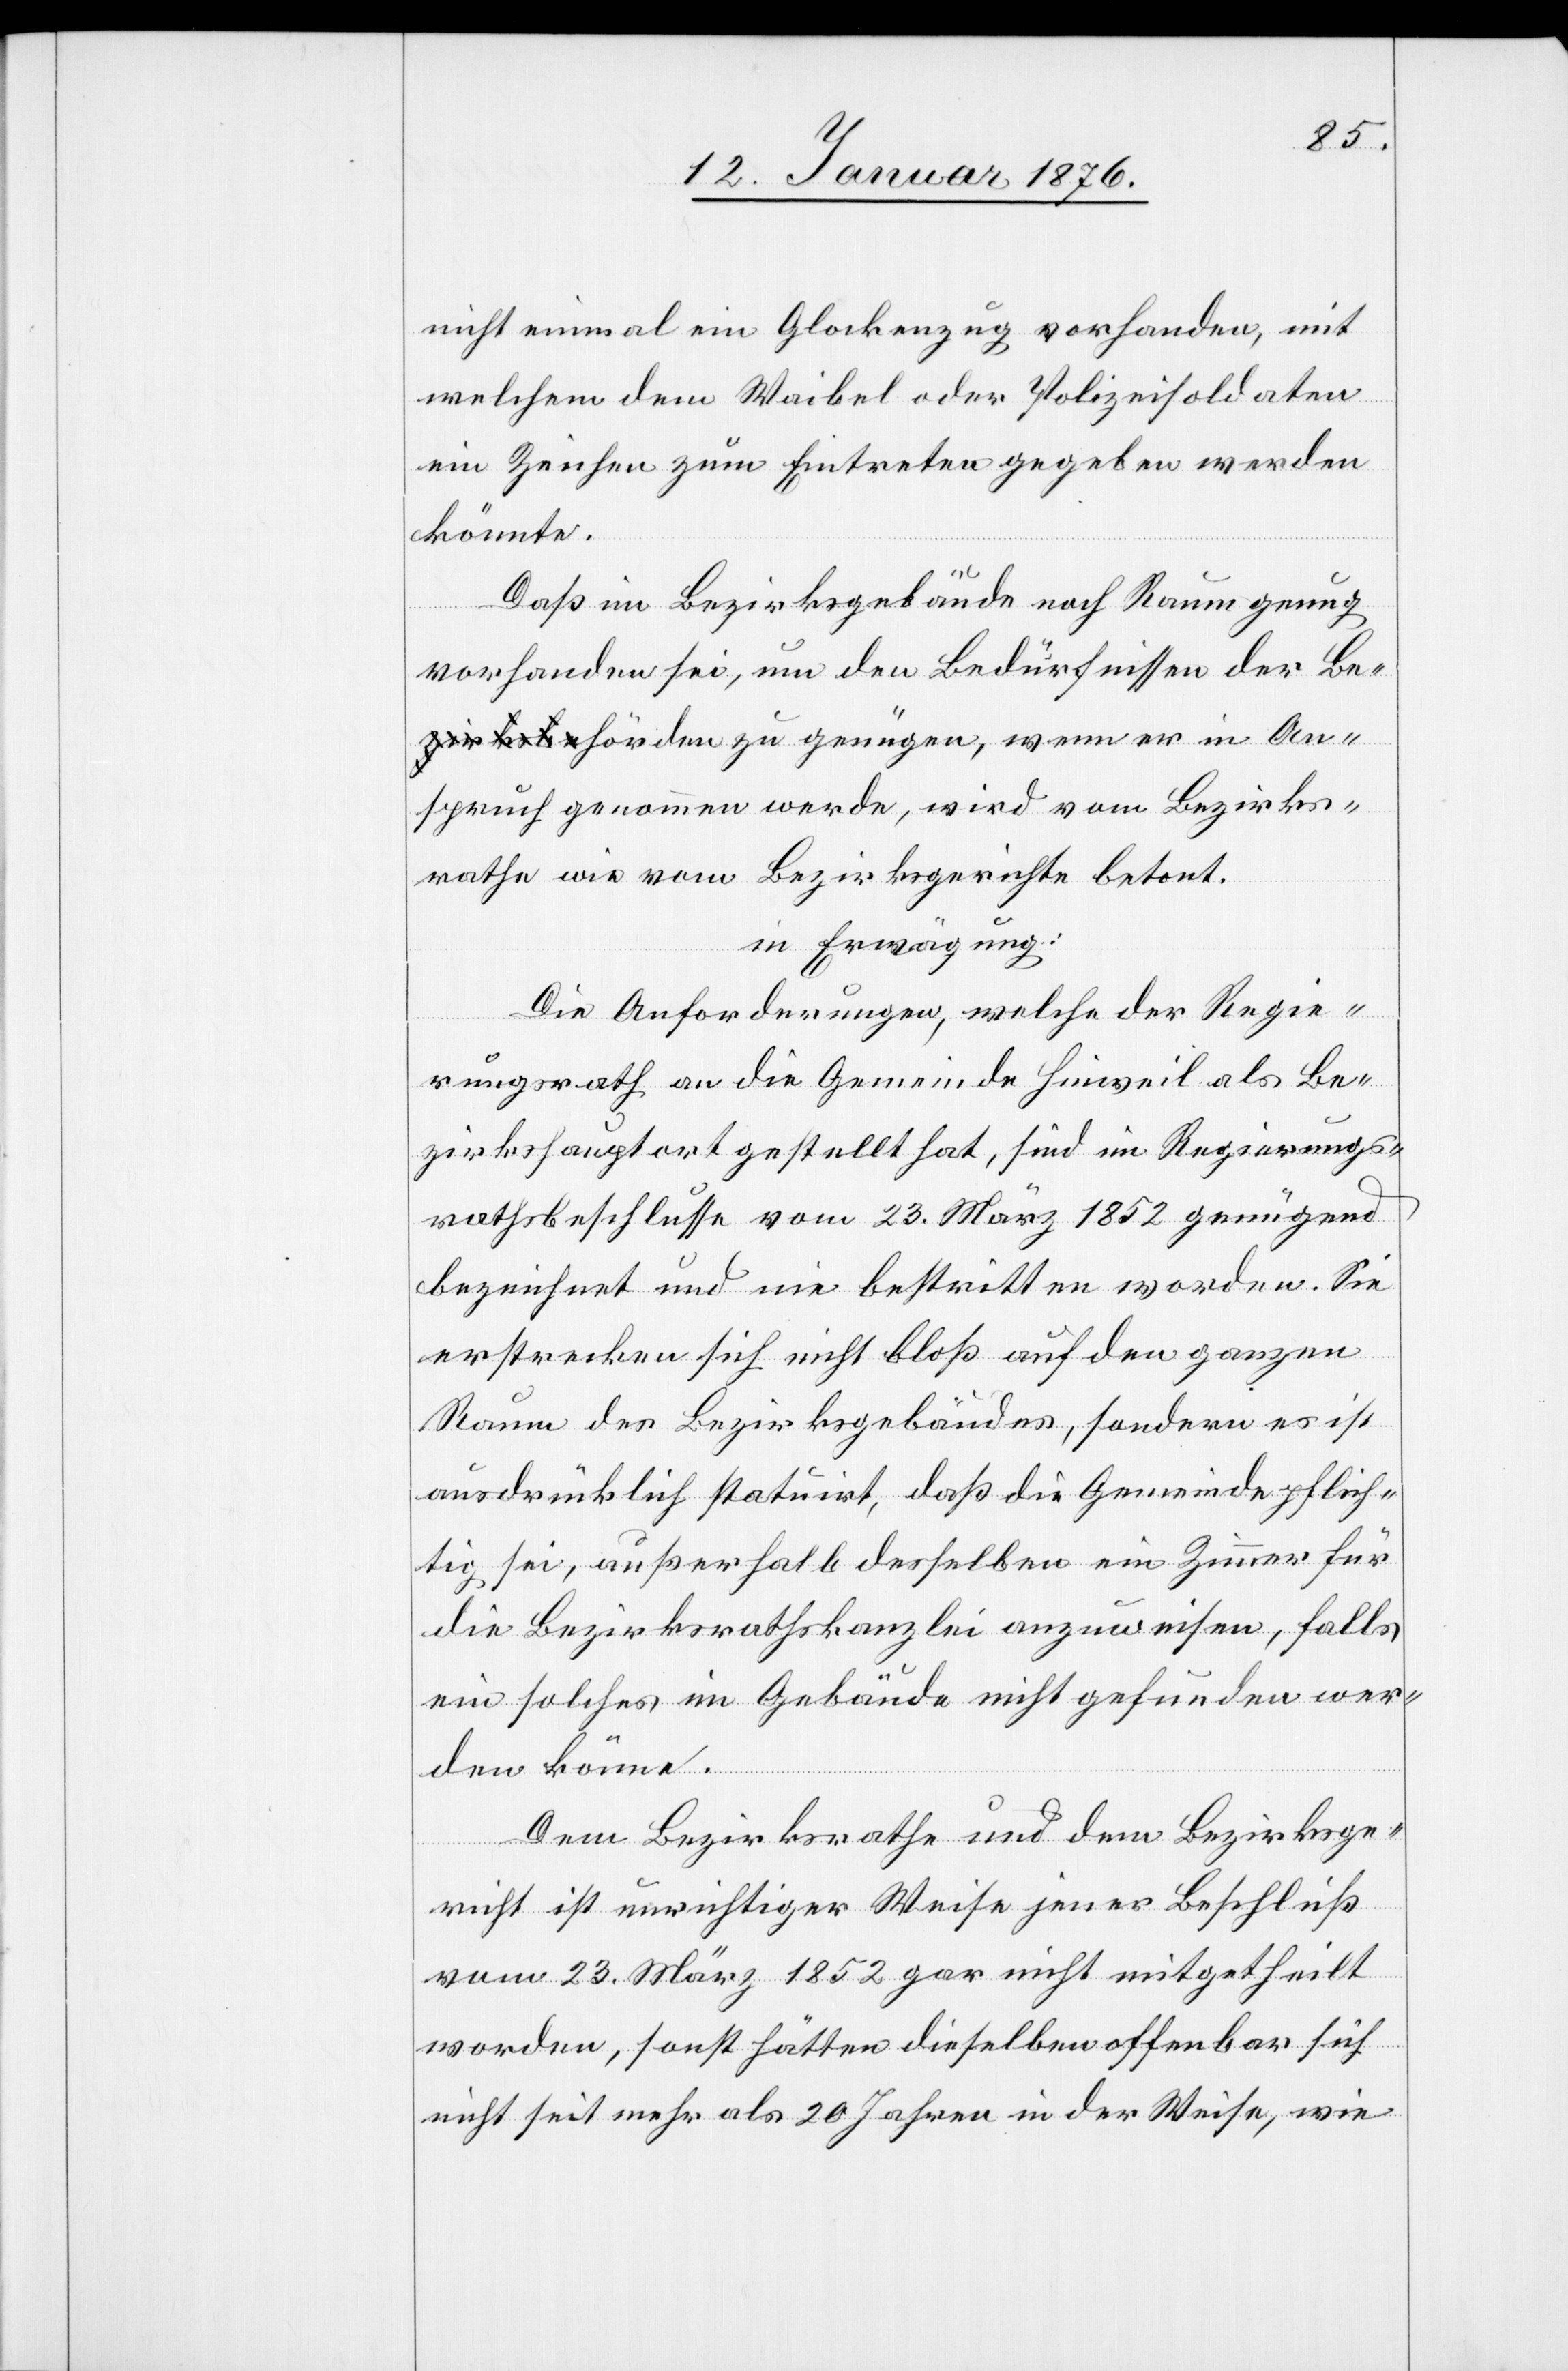
nicht einmal ein Glockenzug vorhanden, mit
welchem dem Waibel oder Polizeisoldaten
ein Zeichen zum Eintreten gegeben werden
könnte.
Daß im Bezirksgebäude noch Raum genug
vorhanden sei, um den Bedürfnissen der Be¬
hörden zu genügen, wenn er in An¬
spruch genommen werde, wird vom Bezirks¬
rathe wie vom Bezirksgericht betont.
in Erwägung:
Die Anforderungen, welche der Regie¬
rungsrath an die Gemeinde Hinweil als Be¬
zirkshauptort gestellt hat, sind im Regierungs¬
rathsbeschlusse vom 23. März 1852 genügend
bezeichnet und nie bestritten worden. Sie
erstrecken sich nicht bloß auf den ganzen
Raum des Bezirksgebäudes, sondern es ist
ausdrücklich statuirt, daß die Gemeinde pflich¬
tig sei, außerhalb desselben ein Zimmer für
die Bezirksrathskanzlei anzuweisen, falls
ein solches im Gebäude nicht gefunden wer¬
den könne.
Dem Bezirksrathe und dem Bezirksge¬
richt ist unrichtiger Weise jener Beschluß
vom 23. März 1852 gar nicht mitgetheilt
worden, sonst hätten dieselben offenbar sich
nicht seit mehr als 20 Jahren in der Weise, wie